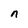
Character: n